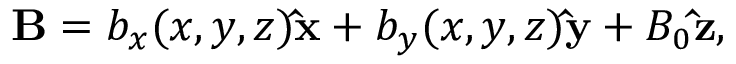
{ \bf B } = b _ { x } ( x , y , z ) { \bf \hat { x } } + b _ { y } ( x , y , z ) { \bf \hat { y } } + B _ { 0 } { \bf \hat { z } } ,